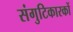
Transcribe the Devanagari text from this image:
संगुटिकारकों